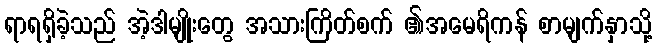
ရာရရှိခဲ့သည် အဲ့ဒါမျိုးတွေ အသားကြိတ်စက် ၏အမေရိကန် စာမျက်နှာသို့